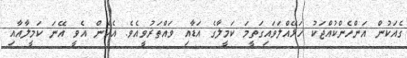
ގެއަކުން އަންހެންކުއްޖަކު ހަޅޭއްލަވައިގަތީމަ ކަމީލާގެ އަޑާއި ވައްތަރުވީއެވެ. އެހެން އެވީ އޭނަ ކަމީލާއާއި